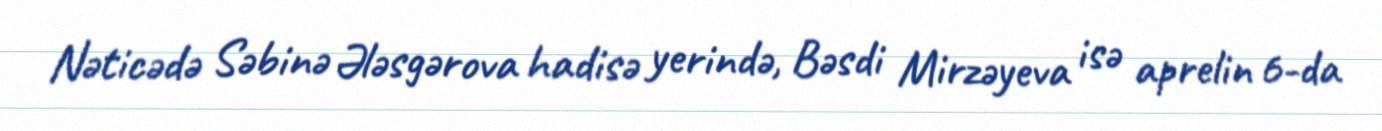
Nəticədə Səbinə Ələsgərova hadisə yerində, Bəsdi Mirzəyeva isə aprelin 6-da